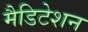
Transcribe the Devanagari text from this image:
मैडिटेशन